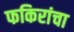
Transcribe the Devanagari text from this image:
फकिरांचा